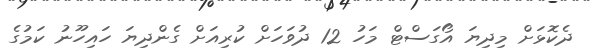
ދެކޮޅަށް މިދިޔަ އޯގަސްޓް މަހު 12 ދުވަހަށް ކުރިއަށް ގެންދިޔަ ހައިހޫނު ކަމުގެ